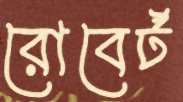
রোবের্ট